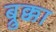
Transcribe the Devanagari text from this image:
ब्रुक्का